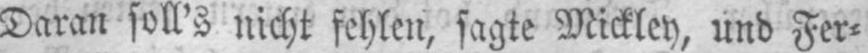
Daran soll’s nicht fehlen, sagte Mickley, und Fer⸗